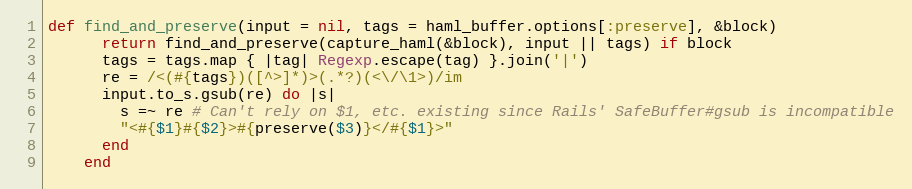
Language: Ruby
def find_and_preserve(input = nil, tags = haml_buffer.options[:preserve], &block)
      return find_and_preserve(capture_haml(&block), input || tags) if block
      tags = tags.map { |tag| Regexp.escape(tag) }.join('|')
      re = /<(#{tags})([^>]*)>(.*?)(<\/\1>)/im
      input.to_s.gsub(re) do |s|
        s =~ re # Can't rely on $1, etc. existing since Rails' SafeBuffer#gsub is incompatible
        "<#{$1}#{$2}>#{preserve($3)}</#{$1}>"
      end
    end